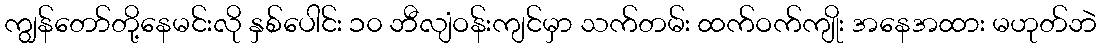
ကျွန်တော်တို့နေမင်းလို နှစ်ပေါင်း ၁၀ ဘီလျံဝန်းကျင်မှာ သက်တမ်း ထက်ဝက်ကျိုး အနေအထား မဟုတ်ဘဲ